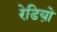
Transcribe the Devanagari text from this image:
रेडियो़